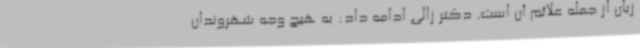
زبان از جمله علائم آن است. دکتر زالی ادامه داد: به هیچ وجه شهروندان